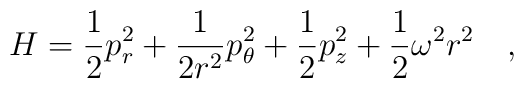
H=\frac{1}{2}p^2_r+\frac{1}{2r^2}p^2_\theta+\frac{1}{2}p^2_z+\frac{1}{2}\omega^2r^2\ \ \ ,